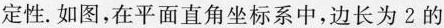
定性。如图，在平面直角坐标系中，边长为2的